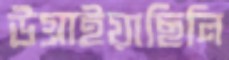
উগ্‌রাইয়াছিলি